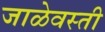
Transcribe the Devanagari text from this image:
जाळेवस्ती